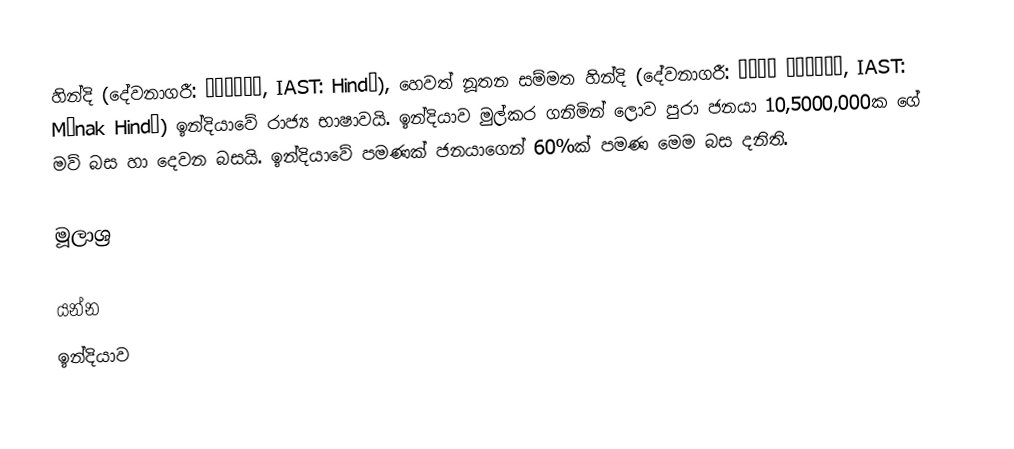
හින්දි (දේවනාගරී: हिन्दी,  IAST:  Hindī), හෙවත් නූතන සම්මත හින්දි (දේවනාගරී: मानक हिन्दी,  IAST:  Mānak Hindī)  ඉන්දියාවේ රාජ්‍ය භාෂාවයි. ඉන්දියාව මුල්කර ගනිමින් ලොව පුරා ජනයා 10,5000,000ක ගේ මව් බස හා දෙවන බසයි. ඉන්දියාවේ පමණක් ජනයාගෙන් 60%ක් පමණ මෙම බස දනිති.

මූලාශ්‍ර

යන්න
ඉන්දියාව